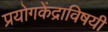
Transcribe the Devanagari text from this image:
प्रयोगकेंद्राविषयी